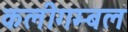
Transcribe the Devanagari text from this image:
कलीगम्बल